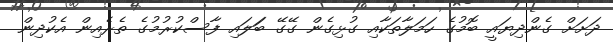
ދަށަށް ގެންދިޔައީ ބޮމުގެ ހަމަލާތަކާއި ގުޅިގެން ގޭގޭ ބަަލައި ފާސްކުރުމުގެ ތެރެއިން އެކުދިން